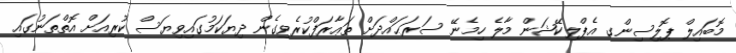
މޮބައިލް ޕޮލިސިންގ އެޕްލިކޭޝަން މާލެ ހިމެނޭ ސަރަޙައްދަށް ތަޢާރަފްކުރެވިގެން ދިޔަކަމުގައިވިޔަސް ކުރިއަށް އޮތްތަނުގައި